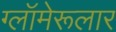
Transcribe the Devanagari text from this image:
ग्लॉमेरूलार